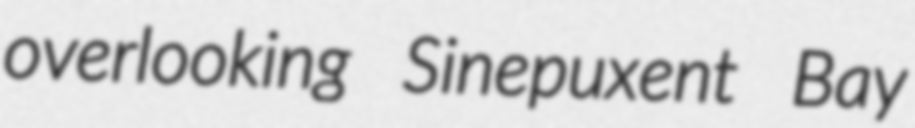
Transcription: overlooking Sinepuxent Bay